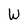
Character: W